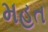
મહત